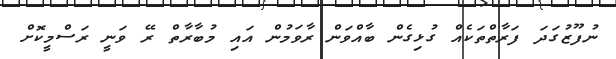
ނުފޫޒުގަދަ ފަރާތްތަކެއް ގުޅިގެން ބާއްވަން ރާވަމުން އައި މުބާރާތް ރޭ ވަނީ ރަސްމީކޮށް